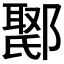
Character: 𮠇